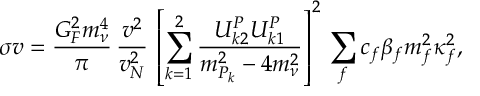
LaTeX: \sigma v = \frac { G _ { F } ^ { 2 } m _ { \nu } ^ { 4 } } { \pi } \, \frac { v ^ { 2 } } { v _ { N } ^ { 2 } } \, \left[ \sum _ { k = 1 } ^ { 2 } \frac { U _ { k 2 } ^ { P } U _ { k 1 } ^ { P } } { m _ { P _ { k } } ^ { 2 } - 4 m _ { \nu } ^ { 2 } } \right] ^ { 2 } \, \sum _ { f } c _ { f } \beta _ { f } m _ { f } ^ { 2 } \kappa _ { f } ^ { 2 } ,